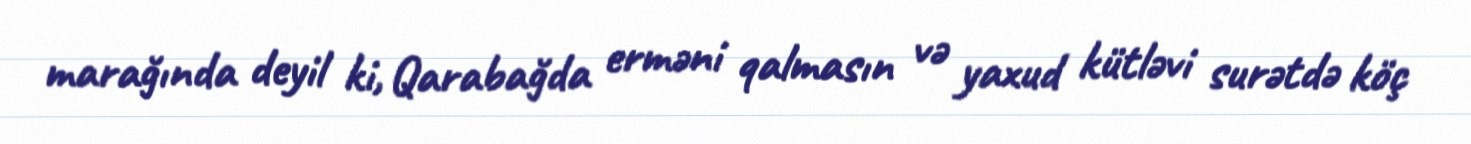
marağında deyil ki, Qarabağda erməni qalmasın və yaxud kütləvi surətdə köç